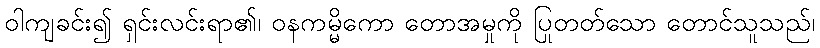
ဝါကျခင်း၍ ရှင်းလင်းရာ၏၊ ဝနကမ္မိကော တောအမှုကို ပြုတတ်သော တောင်သူသည်၊